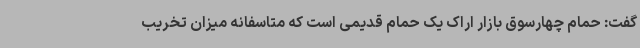
گفت: حمام چهارسوق بازار اراک یک حمام قدیمی است که متاسفانه میزان تخریب